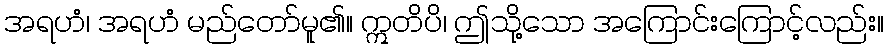
အရဟံ၊ အရဟံ မည်တော်မူ၏။ ဣတိပိ၊ ဤသို့သော အကြောင်းကြောင့်လည်း။